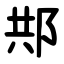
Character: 䢼